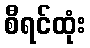
စီရင်ထုံး